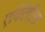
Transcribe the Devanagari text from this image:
एक्टिटिस